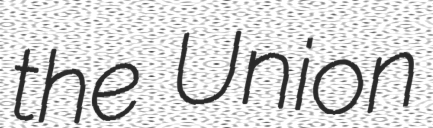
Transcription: the Union